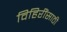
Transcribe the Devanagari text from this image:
विहिरींसाठी